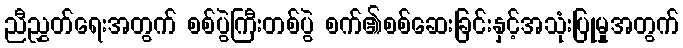
ညီညွှတ်ရေးအတွက် စစ်ပွဲကြီးတစ်ပွဲ စက်၏စစ်ဆေးခြင်းနှင့်အသုံးပြုမှုအတွက်